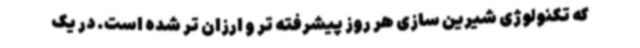
که تکنولوژی شیرین سازی هر روز پیشرفته تر و ارزان تر شده است. در یک